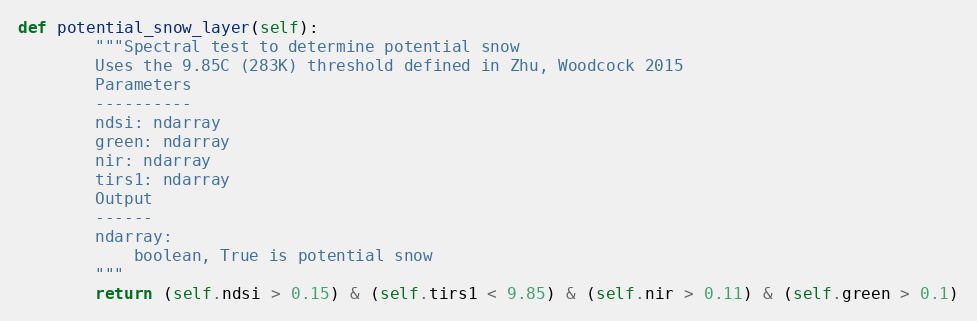
Language: Python
def potential_snow_layer(self):
        """Spectral test to determine potential snow
        Uses the 9.85C (283K) threshold defined in Zhu, Woodcock 2015
        Parameters
        ----------
        ndsi: ndarray
        green: ndarray
        nir: ndarray
        tirs1: ndarray
        Output
        ------
        ndarray:
            boolean, True is potential snow
        """
        return (self.ndsi > 0.15) & (self.tirs1 < 9.85) & (self.nir > 0.11) & (self.green > 0.1)